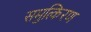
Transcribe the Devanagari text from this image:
समुत्किरण